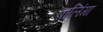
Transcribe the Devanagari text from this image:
बालिंगा